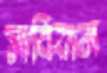
সাবিয়ান